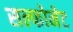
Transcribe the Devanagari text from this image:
सल्फोनेट